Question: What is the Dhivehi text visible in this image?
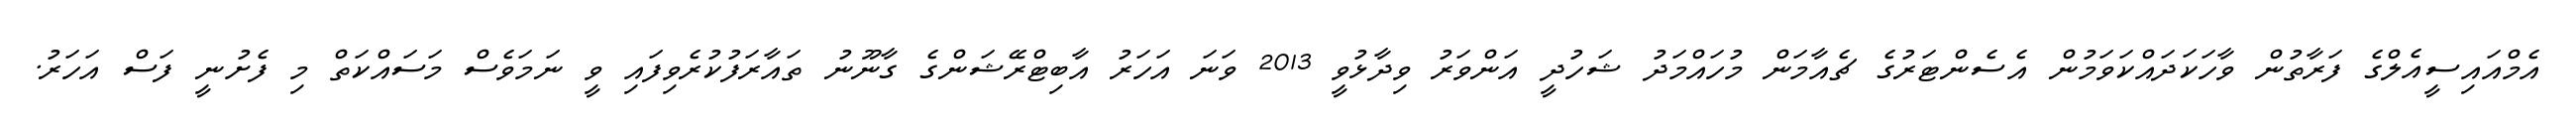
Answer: އެމްއައިސީއެލްގެ ފަރާތުން ވާހަކަދައްކަވަމުން އެސެންޓަރުގެ ޗެއާމަން މުހައްމަދު ޝަހުދީ އަންވަރު ވިދާޅުވީ 2013 ވަނަ އަހަރު އާބިޓްރޭޝަންގެ ގާނޫނު ތައާރަފުކުރެވިފައި ވީ ނަމަވެސް މަސައްކަތް މި ފެށުނީ ފަސް އަހަރު.